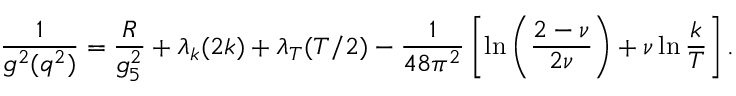
{ \frac { 1 } { g ^ { 2 } ( q ^ { 2 } ) } } = { \frac { R } { g _ { 5 } ^ { 2 } } } + \lambda _ { k } ( 2 k ) + \lambda _ { T } ( T / 2 ) - { \frac { 1 } { 4 8 \pi ^ { 2 } } } \left[ \ln \left( { \frac { 2 - \nu } { 2 \nu } } \right) + \nu \ln { \frac { k } { T } } \right] .